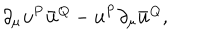
\partial _ { \mu } { \mathbf { u } } ^ { \mathbf { P } } \bar { \mathbf { u } } ^ { \mathbf { Q } } - { \mathbf { u } } ^ { \mathbf { P } } \partial _ { \mu } \bar { \mathbf { u } } ^ { \mathbf { Q } } ,